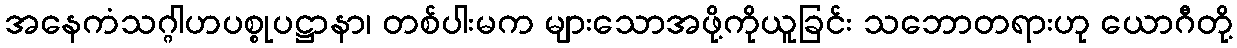
အနေကံသဂ္ဂါဟပစ္စုပဋ္ဌာနာ၊ တစ်ပါးမက များသောအဖို့ကိုယူခြင်း သဘောတရားဟု ယောဂီတို့